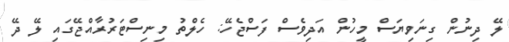
ލޭ ދިނުން ގިނަވިޔަސް މީހުން އަދިވެސް ފަސްޖެހޭ: ހެލްތު މިނިސްޓަރުރާއްޖޭގައި ލޭ ދޭ